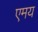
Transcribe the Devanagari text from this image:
एमय